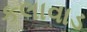
કલાવાડ